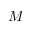
M